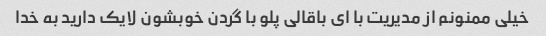
خیلی ممنونم از مدیریت با ای باقالی پلو با گردن خوبشون لایک دارید به خدا